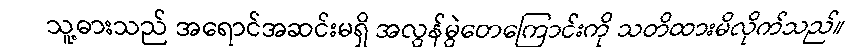
သူ့ဓားသည် အရောင်အဆင်းမရှိ အလွန်မွဲတေကြောင်းကို သတိထားမိလိုက်သည်။